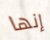
إنها